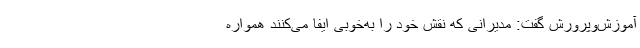
آموزش‌وپرورش گفت: مدیرانی که نقش خود را به‌خوبی ایفا می‌کنند همواره